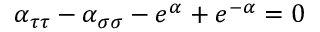
\alpha _ { \tau \tau } - \alpha _ { \sigma \sigma } - e ^ { \alpha } + e ^ { - \alpha } = 0